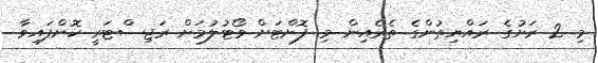
މި 2 ރަށުގެ ރައްޔިތުންގެ ތެރެއިން މި ފޮށްޓަށް ވޯޓުލުމަށް ރަޖިސްޓަރީ ކޮށްފައިވާ